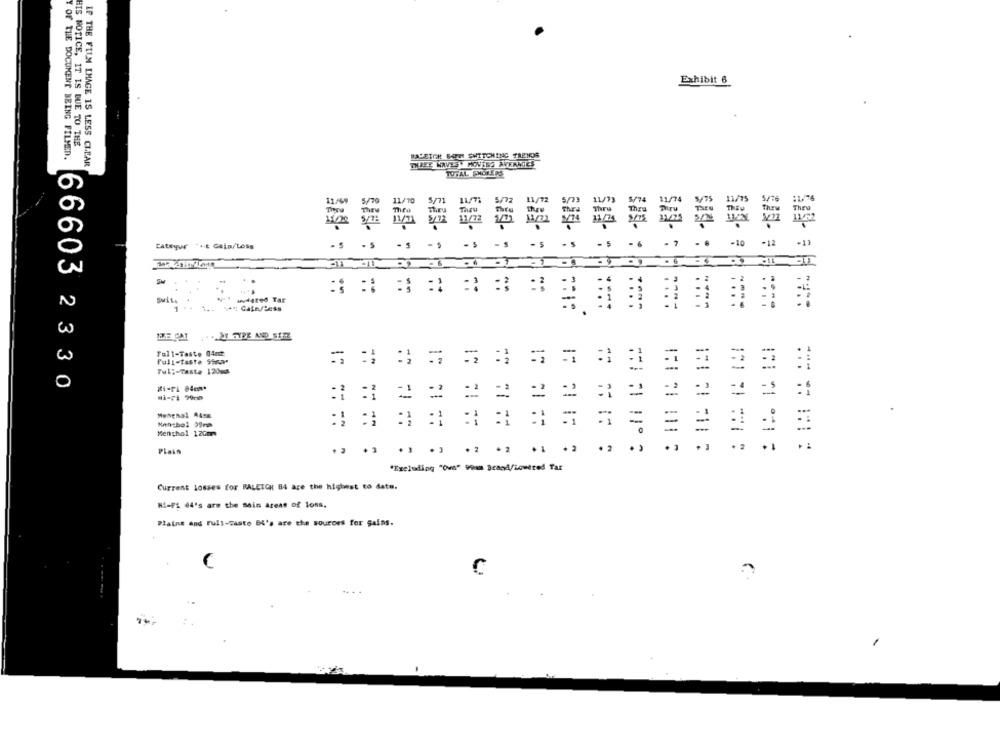
Exhibit 6
HIS NOTICE, IT IS DUE TO THE
Y OF THE DOCUMENT BEING FILMED.
BALETCH BAPH SWITCHING FRENOS
IF THE FILM IMAGE IS LESS CLEAR
THREE WAVES. MONTHS AVRANGES
TOTAL SMOKERS
9 : - 635
5/72
11/72
31/69
5/70
11/ 70
Categur *+t Gaip/Loss
-S
-$
- s
- S
- 5
. 7
. .
SAS :
-10
-12
-11
-11
Swit.
1
Full-Taste 04mz
Pull-taste Shar
1:
1:
Full-Taste 120m
66603 2330
:1:1 2 :
=1
Mathsbol 39mm
=1
Menthol 120mm
Plais
. 3
. 2
"Excluding "Ovs" 9ou ScanA/lowered Tas
Current Losses for RALETCH B4 are the highest to date.
Hi-PL 64's are the main areas of loss,
Plaint and Full-caste BI's are the sources for gains.
c
.. . .